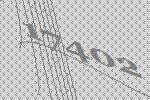
17402